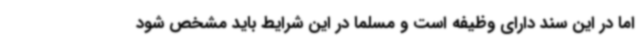
اما در این سند دارای وظیفه است و مسلما در این شرایط باید مشخص شود